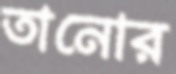
তানোর